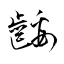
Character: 齲